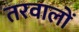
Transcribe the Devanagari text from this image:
तरवालों